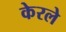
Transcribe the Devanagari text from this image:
केरले